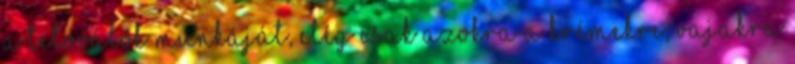
a tetoválók munkáját, elég csak azokra a krémekre, vajakra